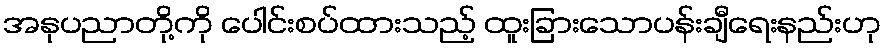
အနုပညာတို့ကို ပေါင်းစပ်ထားသည့် ထူးခြားသောပန်းချီရေးနည်းဟု